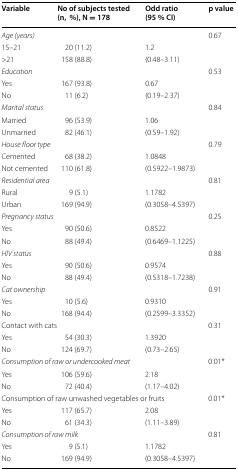
<table><thead><tr><td><b>Variable</b></td><td><b>No of subjects tested (n,%), N = 178</b></td><td><b>Odd ratio (95 % CI)</b></td><td><b>p value</b></td></tr></thead><tbody><tr><td colspan="3"><i>Age (years)</i></td><td rowspan="3">0.67</td></tr><tr><td>15–21</td><td>20 (11.2)</td><td>1.2</td></tr><tr><td>&gt;21</td><td>158 (88.8)</td><td>(0.48–3.11)</td></tr><tr><td colspan="3"><i>Education</i></td><td rowspan="3">0.53</td></tr><tr><td>Yes</td><td>167 (93.8)</td><td>0.67</td></tr><tr><td>No</td><td>11 (6.2)</td><td>(0.19–2.37)</td></tr><tr><td colspan="3"><i>Marital status</i></td><td rowspan="3">0.84</td></tr><tr><td>Married</td><td>96 (53.9)</td><td>1.06</td></tr><tr><td>Unmarried</td><td>82 (46.1)</td><td>(0.59–1.92)</td></tr><tr><td colspan="3"><i>House floor type</i></td><td rowspan="3">0.79</td></tr><tr><td>Cemented</td><td>68 (38.2)</td><td>1.0848</td></tr><tr><td>Not cemented</td><td>110 (61.8)</td><td>(0.5922–1.9873)</td></tr><tr><td colspan="3"><i>Residential area</i></td><td rowspan="3">0.81</td></tr><tr><td>Rural</td><td>9 (5.1)</td><td>1.1782</td></tr><tr><td>Urban</td><td>169 (94.9)</td><td>(0.3058–4.5397)</td></tr><tr><td colspan="3"><i>Pregnancy status</i></td><td rowspan="3">0.25</td></tr><tr><td>Yes</td><td>90 (50.6)</td><td>0.8522</td></tr><tr><td>No</td><td>88 (49.4)</td><td>(0.6469–1.1225)</td></tr><tr><td colspan="3"><i>HIV status</i></td><td rowspan="3">0.88</td></tr><tr><td>Yes</td><td>90 (50.6)</td><td>0.9574</td></tr><tr><td>No</td><td>88 (49.4)</td><td>(0.5318–1.7238)</td></tr><tr><td colspan="3"><i>Cat ownership</i></td><td>0.91</td></tr><tr><td>Yes</td><td>10 (5.6)</td><td>0.9310</td><td rowspan="2"></td></tr><tr><td>No</td><td>168 (94.4)</td><td>(0.2599–3.3352)</td></tr><tr><td colspan="3">Contact with cats</td><td rowspan="3">0.31</td></tr><tr><td>Yes</td><td>54 (30.3)</td><td>1.3920</td></tr><tr><td>No</td><td>124 (69.7)</td><td>(0.73–2.65)</td></tr><tr><td colspan="3"><i>Consumption of raw or undercooked meat</i></td><td rowspan="3">0.01*</td></tr><tr><td>Yes</td><td>106 (59.6)</td><td>2.18</td></tr><tr><td>No</td><td>72 (40.4)</td><td>(1.17–4.02)</td></tr><tr><td colspan="3">Consumption of raw unwashed vegetables or fruits</td><td rowspan="3">0.01*</td></tr><tr><td>Yes</td><td>117 (65.7)</td><td>2.08</td></tr><tr><td>No</td><td>61 (34.3)</td><td>(1.11–3.89)</td></tr><tr><td colspan="3"><i>Consumption of raw milk</i></td><td rowspan="3">0.81</td></tr><tr><td>Yes</td><td>9 (5.1)</td><td>1.1782</td></tr><tr><td>No</td><td>169 (94.9)</td><td>(0.3058–4.5397)</td></tr></tbody></table>